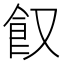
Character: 𩚄